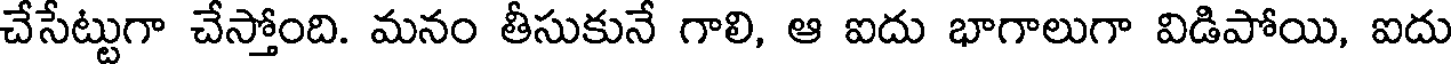
చేసేట్టుగా చేస్తోంది. మనం తీసుకునే గాలి, ఆ ఐదు భాగాలుగా విడిపోయి, ఐదు